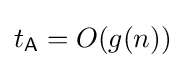
t_{\mathsf {A}}=O(g(n))